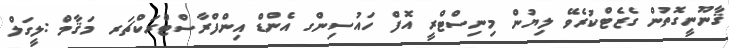
ޤާނޫނީގޮތުން ގެޒެޓްކުރެވޭ ލިޔުން މިނިސްޓްރީ އޮފް ހައުސިންގ އެންޑް އިންފްރާސްޓްރަކްޗަރ މަޤާމް :ލީގަލް